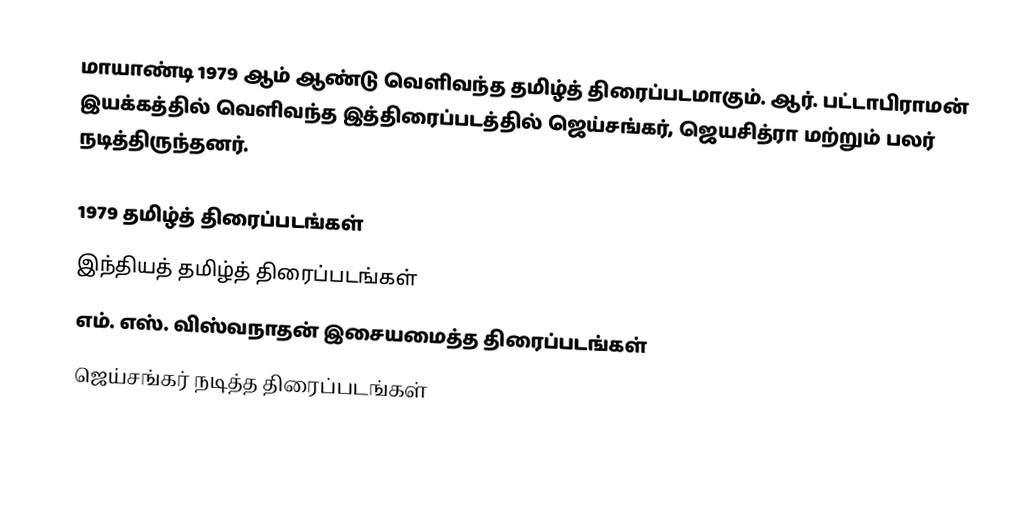
மாயாண்டி 1979 ஆம் ஆண்டு வெளிவந்த தமிழ்த் திரைப்படமாகும். ஆர். பட்டாபிராமன் இயக்கத்தில் வெளிவந்த இத்திரைப்படத்தில் ஜெய்சங்கர், ஜெயசித்ரா மற்றும் பலர் நடித்திருந்தனர்.

1979 தமிழ்த் திரைப்படங்கள்
இந்தியத் தமிழ்த் திரைப்படங்கள்
எம். எஸ். விஸ்வநாதன் இசையமைத்த திரைப்படங்கள்
ஜெய்சங்கர் நடித்த திரைப்படங்கள்